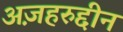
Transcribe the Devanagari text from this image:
अज़हरुद्दीन